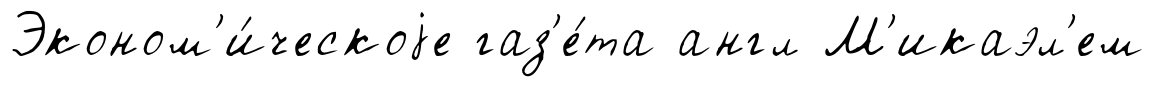
Эконом'и́ческоjе газ'е́та англ М'икаэл'ем